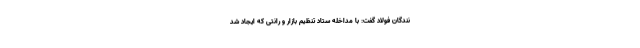
نندگان فولاد گفت: با مداخله ستاد تنظیم بازار و رانتی که ایجاد شد